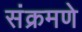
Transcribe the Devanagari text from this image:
संक्रमणे